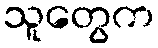
သူတွေက